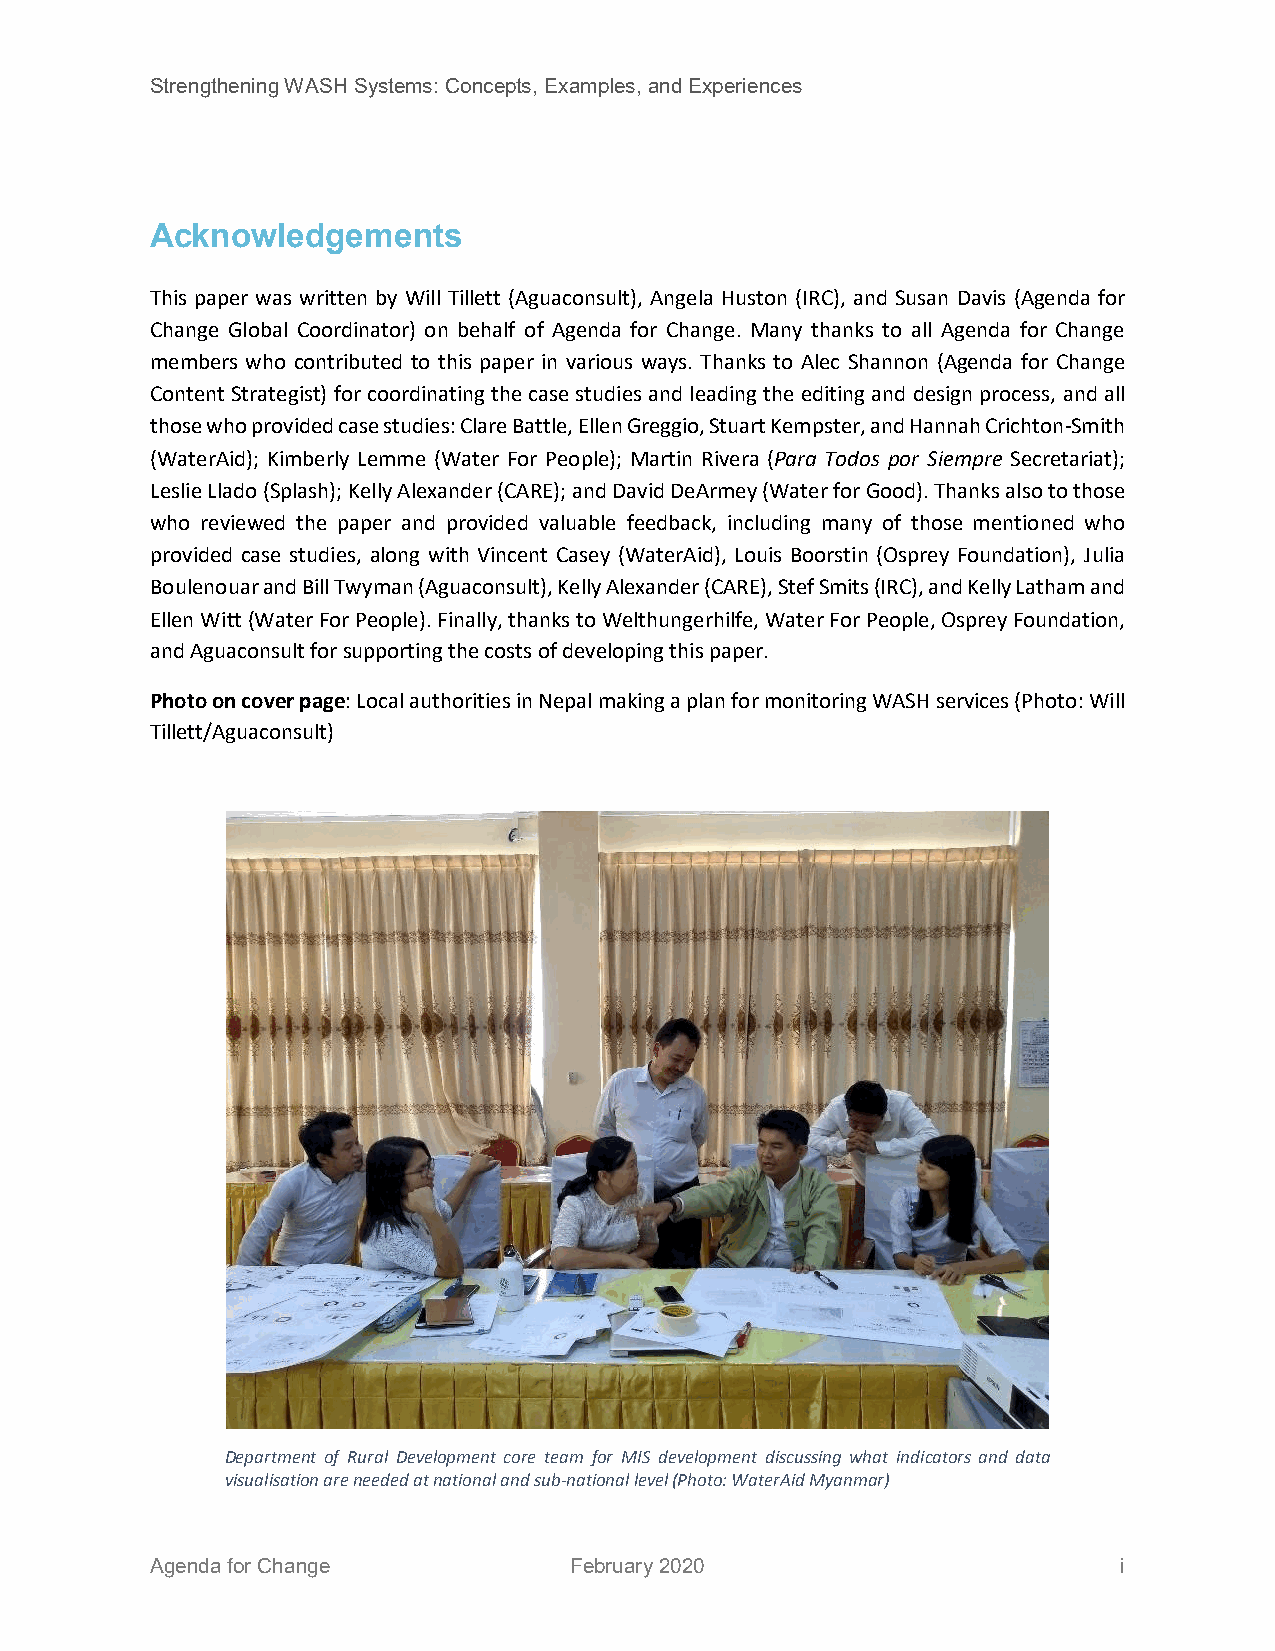
Strengthening WASH Systems: Concepts, Examples, and Experiences
 Acknowledgements
 This paper was written by Will Tillett (Aguaconsult), Angela Huston (IRC), and Susan Davis (Agenda for
 Change Global Coordinator) on behalf of Agenda for Change. Many thanks to all Agenda for Change
 members who contributed to this paper in various ways. Thanks to Alec Shannon (Agenda for Change
 Content Strategist) for coordinating the case studies and leading the editing and design process, and all
 those who provided case studies: Clare Battle, Ellen Greggio, Stuart Kempster, and Hannah Crichton-Smith
 (WaterAid); Kimberly Lemme (Water For People); Martin Rivera (Para Todos por Siempre Secretariat);
 Leslie Llado (Splash); Kelly Alexander (CARE); and David DeArmey (Water for Good). Thanks also to those
 who reviewed the paper and provided valuable feedback, including many of those mentioned who
 provided case studies, along with Vincent Casey (WaterAid), Louis Boorstin (Osprey Foundation), Julia
 Boulenouar and Bill Twyman (Aguaconsult), Kelly Alexander (CARE), Stef Smits (IRC), and Kelly Latham and
 Ellen Witt (Water For People). Finally, thanks to Welthungerhilfe, Water For People, Osprey Foundation,
 and Aguaconsult for supporting the costs of developing this paper.
 Photo on cover page: Local authorities in Nepal making a plan for monitoring WASH services (Photo: Will
 Tillett/Aguaconsult)
 Department of Rural Development core team for MIS development discussing what indicators and data
 visualisation are needed at national and sub-national level (Photo: WaterAid Myanmar)
 Agenda for Change           February 2020                       i